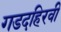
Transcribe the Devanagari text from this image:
गडदहिरवी